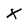
Character: X